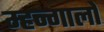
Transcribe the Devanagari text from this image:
म्हन्गालो